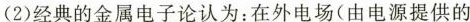
(2)经典的金属电子论认为：在外电场(由电源提供的